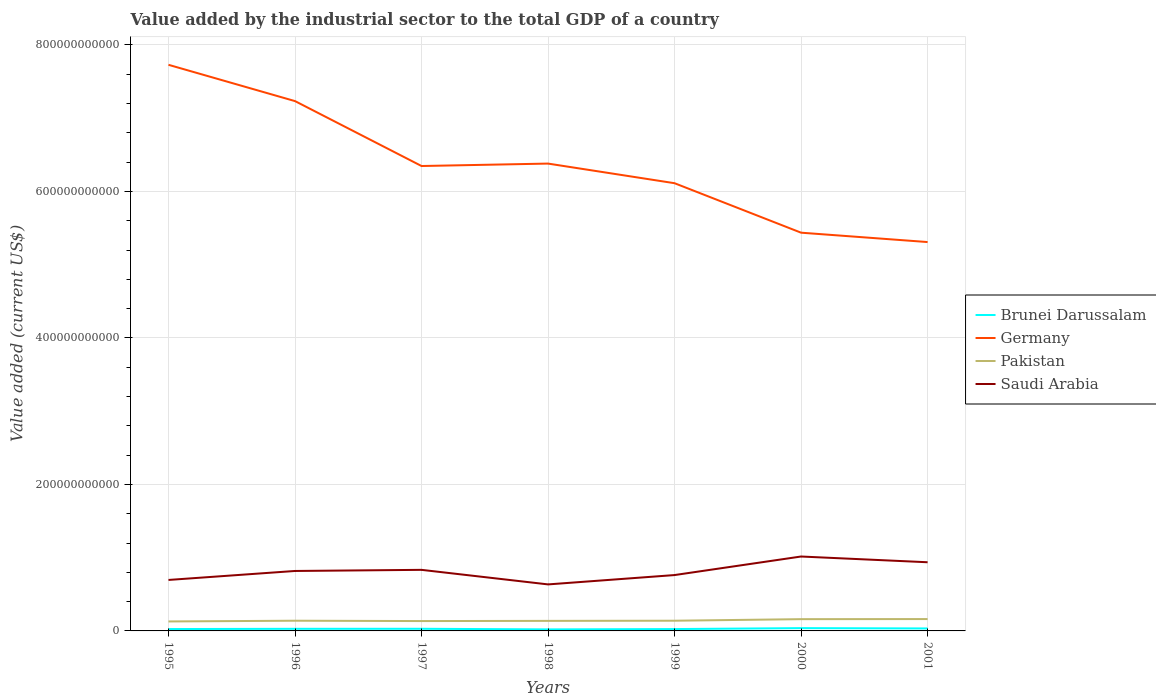
| Years | Brunei Darussalam | Germany | Pakistan | Saudi Arabia |
 | --- | --- | --- | --- | --- |
 | 1995 | 2.57e+09 | 7.73e+11 | 1.29e+10 | 6.96e+10 |
 | 1996 | 2.88e+09 | 7.23e+11 | 1.39e+10 | 8.18e+10 |
 | 1997 | 2.91e+09 | 6.35e+11 | 1.35e+10 | 8.34e+10 |
 | 1998 | 2.09e+09 | 6.38e+11 | 1.37e+10 | 6.35e+10 |
 | 1999 | 2.54e+09 | 6.11e+11 | 1.39e+10 | 7.63e+10 |
 | 2000 | 3.82e+09 | 5.44e+11 | 1.61e+10 | 1.02e+11 |
 | 2001 | 3.36e+09 | 5.31e+11 | 1.62e+10 | 9.38e+10 |